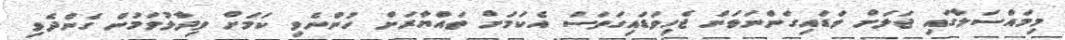
މިމައްސަލާގައި ޖަލަށް ވަޑައިގަންނަވަން ޖެހިވަޑައިގަތަސް އެކަމަށް ތައްޔާރަށް ހުންނެވި ކަމަށް ވިދާޅުވަމުން ގެންދެވި